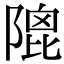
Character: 𨻀